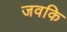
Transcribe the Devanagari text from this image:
जवकि